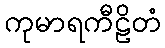
ကုမာရကီဠိတံ